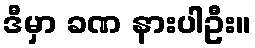
ဒီမှာ ခဏ နားပါဦး။